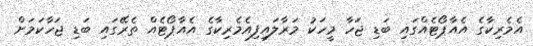
އެމެރިކާގެ އެއާޕޯޓެއްގައި ބަޑި ޖަހާ މީހަކު މަރާލައިފިއެމެރިކާގެ އެއާޕޯޓެއް ތެރޭގައި ބަޑި ޖަހާކަމަށް